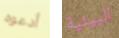
أدعوه البيئية